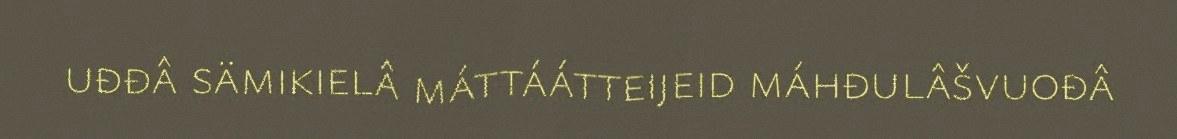
uđđâ sämikielâ máttáátteijeid máhđulâšvuođâ